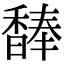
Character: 䭰